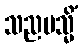
သညမသ္မိံ